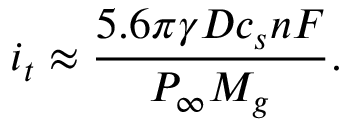
i _ { t } \approx \frac { 5 . 6 \pi \gamma D c _ { s } n F } { P _ { \infty } M _ { g } } .